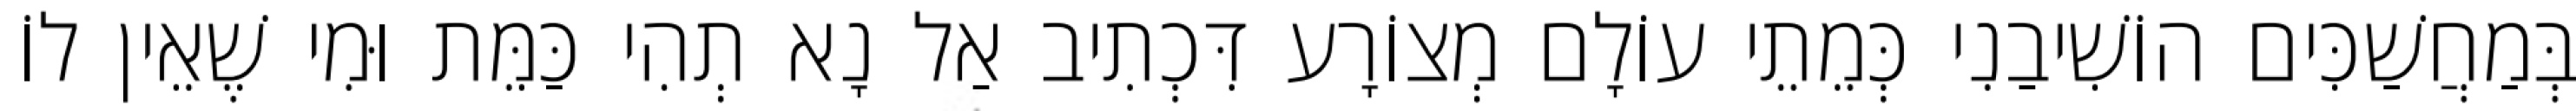
בְּמַחֲשַׁכִּים הוֹשִׁיבַנִי כְּמֵתֵי עוֹלָם מְצוֹרָע דִּכְתִיב אַל נָא תְהִי כַּמֵּת וּמִי שֶׁאֵין לוֹ